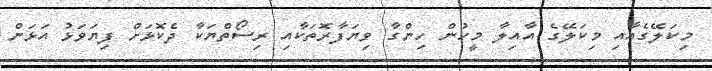
މިކަލޭގެއާއި މިކަލޭގެ އާއިލާ މީހުން ހިންގާ ވިޔަފާރޮތަކާއި ރިސޯތްޔަކާ ދެކޮޅަށް ފިޔަވަޅު އަޅަން